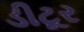
ડીટૂર